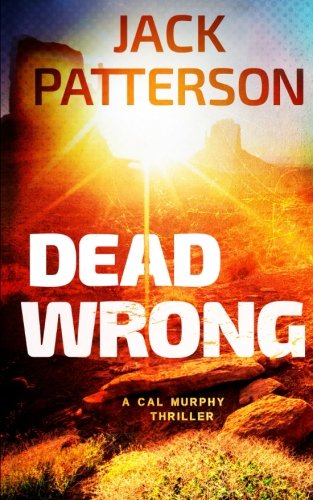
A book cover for Dead Wrong (A Cal Murphy Thriller) (Volume 7); Jack Patterson; Mystery, Thriller & Suspense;